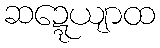
ဆဍ္ဍေယျာထ